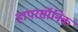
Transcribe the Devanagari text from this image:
हापरसॉनिक